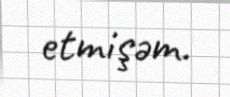
etmişəm.